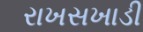
રાખસખાડી